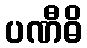
ပဏီဓိ